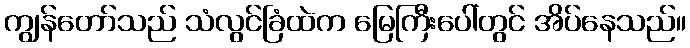
ကျွန်တော်သည် သံလွင်ခြံထဲက မြေကြီးပေါ်တွင် အိပ်နေသည်။